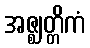
အဇ္ဈတ္တိကံ